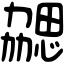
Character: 勰